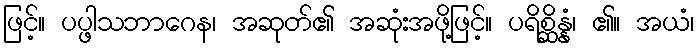
ဖြင့်။ ပပ္ဖါသဘာဂေန၊ အဆုတ်၏ အဆုံးအဖို့ဖြင့်။ ပရိစ္ဆိန္နံ၊ ၏။ အယံ၊